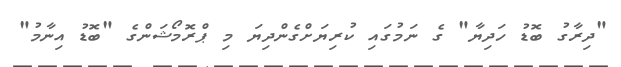
"ދިރާގު ބޮޑު ހަދިޔާ" ގެ ނަމުގައި ކުރިޔަށްގެންދިޔަ މި ޕްރޮމޯޝަންގެ "ބޮޑު އިނާމު"